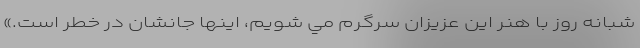
شبانه روز با هنر اين عزيزان سرگرم مي شويم، اينها جانشان در خطر است.»